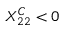
X _ { 2 2 } ^ { C } < 0